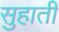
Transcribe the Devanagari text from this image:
सुहाती